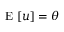
\mathrm { ~ E ~ } [ \boldsymbol { u } ] = \boldsymbol { \theta }